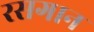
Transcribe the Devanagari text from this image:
रसगान